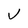
Character: V